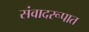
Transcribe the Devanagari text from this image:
संवादरूपात